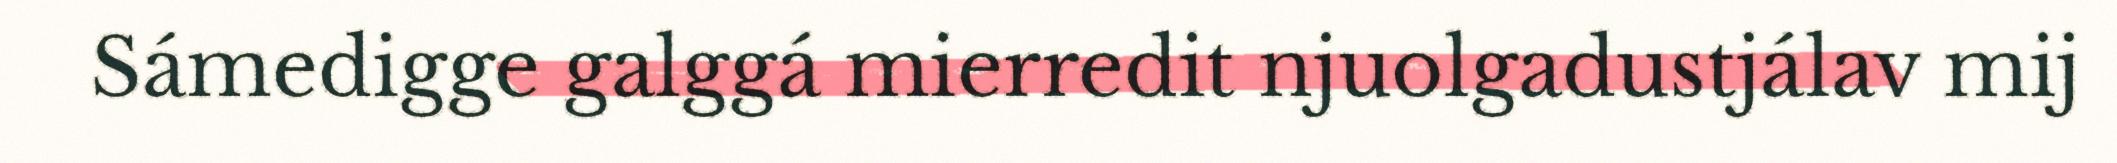
Sámedigge galggá mierredit njuolgadustjálav mij